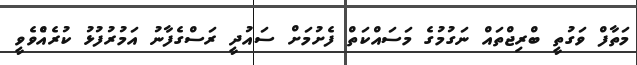
މަތާފް ވަގުތީ ބްރިޖްތައް ނަގުމުގެ މަސައްކަތް ފެށުމަށް ސައުދީ ރަސްގެފާނު އަމުރުފުޅު ކުރެއްެވެވީ